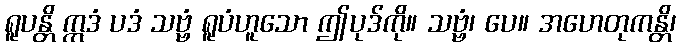
ရူပန္တိ ဣဒံ ပဒံ သဗ္ဗံ ရူပံဟူသော ဤပုဒ်ကို။ သဗ္ဗံ၊ ပေ။ အဟေတုကန္တိ၊